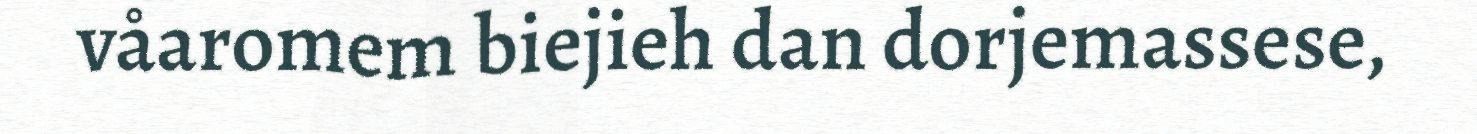
våaromem biejieh dan dorjemassese,